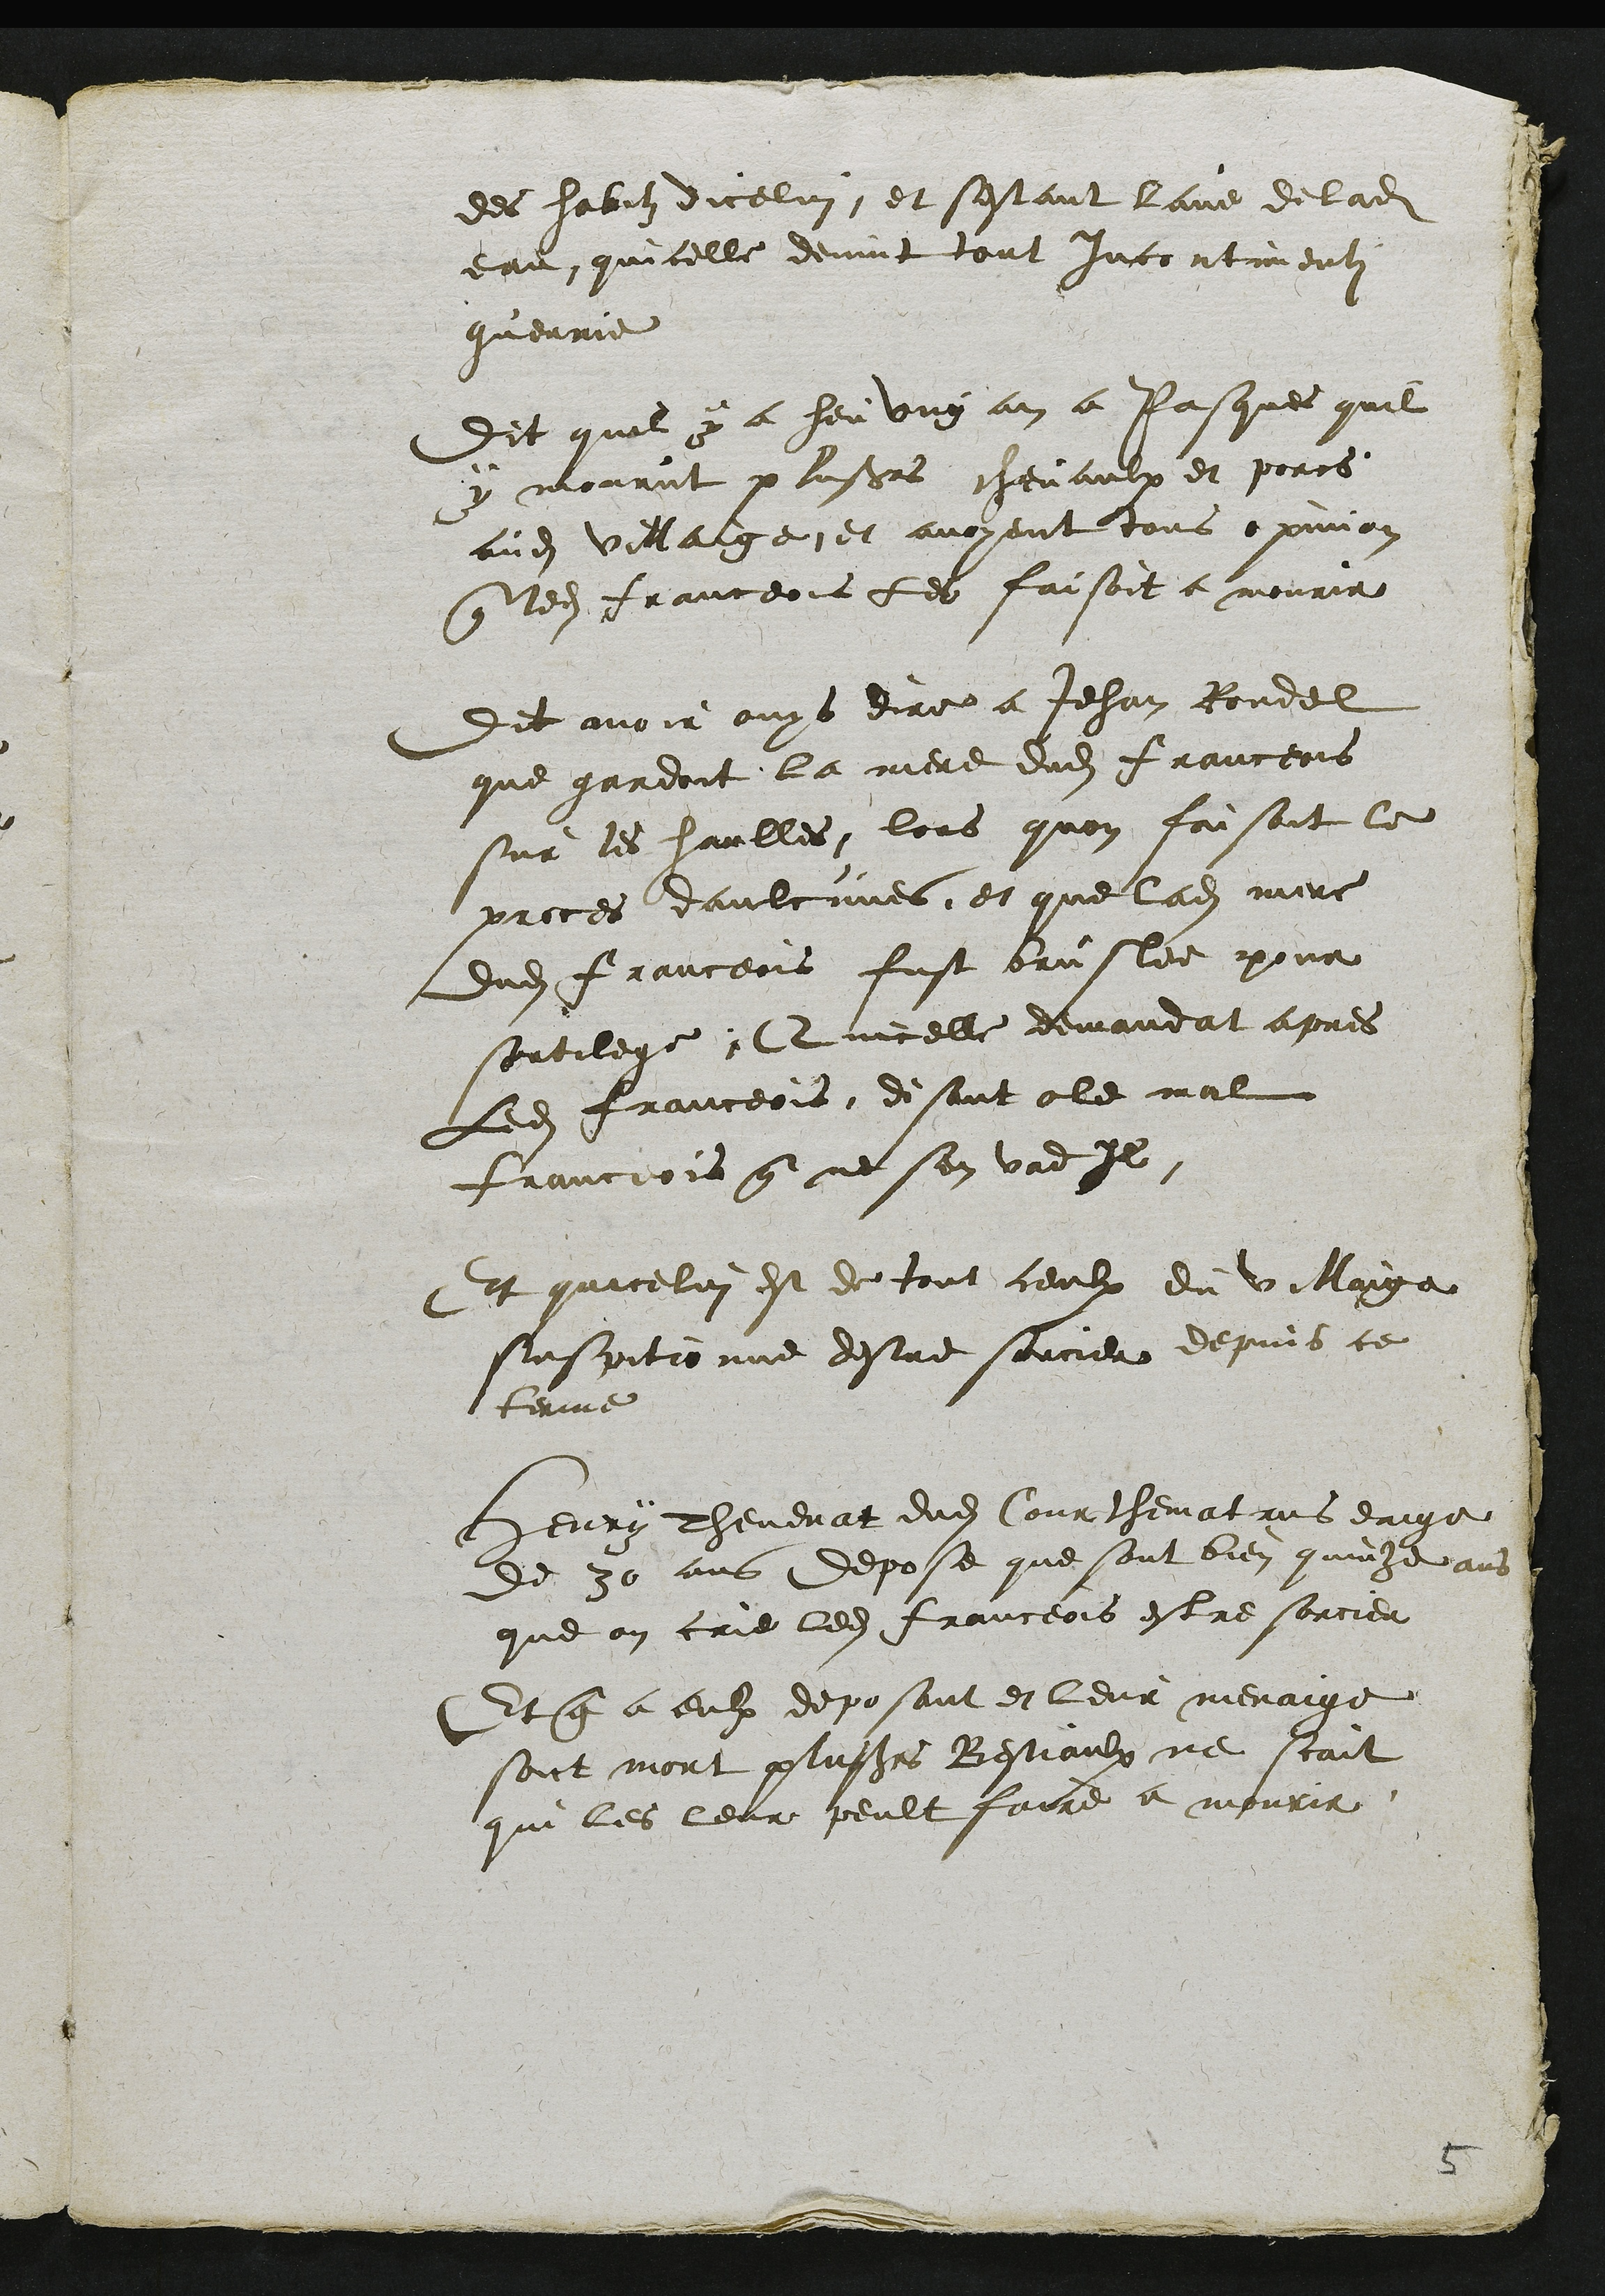
des habitz dicelui, et sestant lave de ladite
eau quicelle devint tout incontinenti
guerie
Dit quil y a heu ung an a Pasques quil
y mourut plusieurs chevaux et porcs
audit villaige et avoyent tous opinion
que ledit franceois les faisoit a mourir
Dit avoir ouys dire a Jehan Rondel
que gardoit la mere dudit franceois
sur les haulles lors quon faisoit le
proces daulcunes et que ladite mere
dudit Franceois fust bruslee pour
sortilege Quicelle demandat apres
Ledit franceois disant o le mal
franceois que ne sen vad il
Et quicelui est de tout ceulx du villaige
suspitionne destre sorcier depuis ce
terme
Henry Thevenat dudit Courthematrus ans eaige
de 30 ans depose que sont bien quinze ans
que on crie ledit franceois estre sorcier
Et que a eulx deposant et leur menaige
sont mort plusieurs Bestiaulx ne scait
qui les leur peult faire a mourir